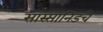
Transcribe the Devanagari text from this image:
सास्सानिडचे